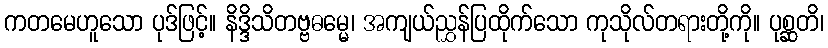
ကတမေဟူသော ပုဒ်ဖြင့်။ နိဒ္ဒိသိတဗ္ဗဓမ္မေ၊ အကျယ်ညွှန်ပြထိုက်သော ကုသိုလ်တရားတို့ကို။ ပုစ္ဆတိ၊